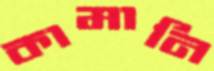
কামানি